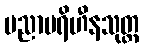
ပညာပရိဟီနသုတ္တ